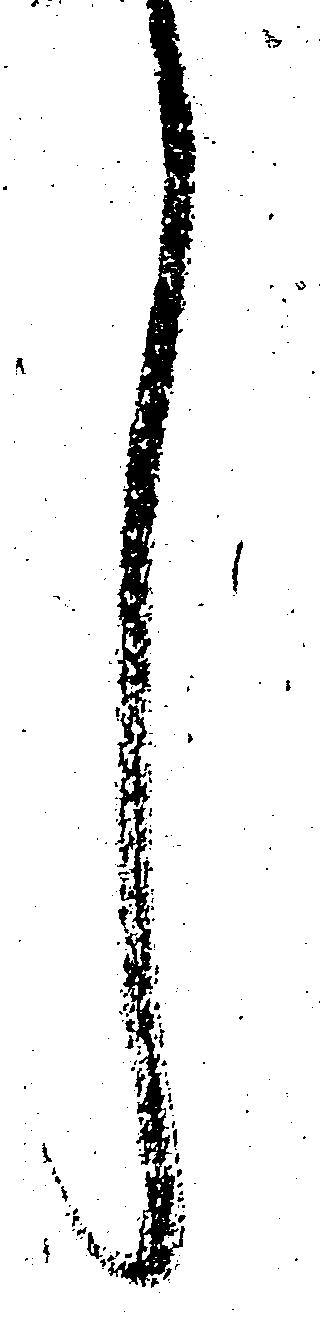
言